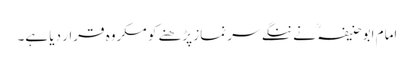
امام ابوحنیفہ ؒ نے ننگے سر نماز پڑھنے کو مکروہ قرار دیا ہے۔